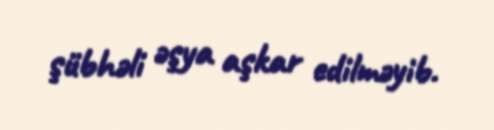
şübhəli əşya aşkar edilməyib.